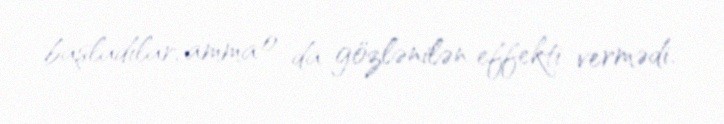
başladılar, amma o da gözlənilən effekti vermədi.